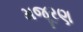
મજૂરણ